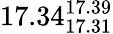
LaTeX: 17.34_{17.31}^{17.39}